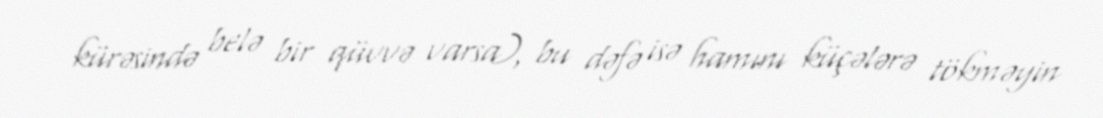
kürəsində belə bir qüvvə varsa), bu dəfə isə hamını küçələrə tökməyin